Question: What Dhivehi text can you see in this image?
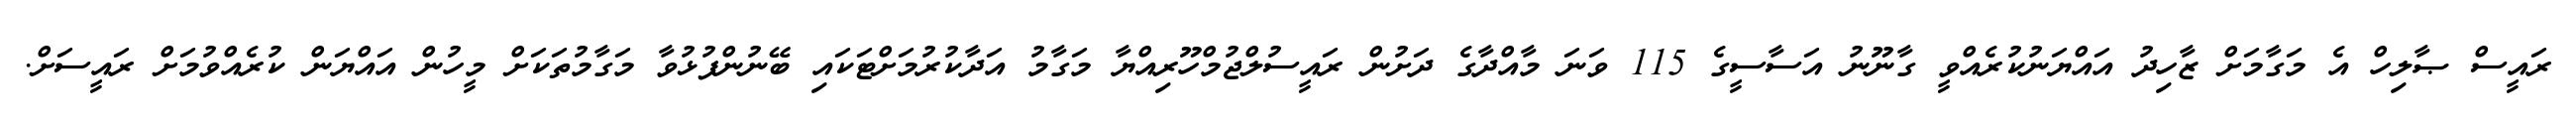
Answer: ރައީސް ޞާލިހް އެ މަގާމަށް ޒާހިދު އައްޔަނުކުރެއްވީ ގާނޫނު އަސާސީގެ 115 ވަނަ މާއްދާގެ ދަށުން ރައީސުލްޖުމްހޫރިއްޔާ މަގާމު އަދާކުރުމަށްޓަކައި ބޭނުންފުޅުވާ މަގާމުތަކަށް މީހުން އައްޔަން ކުރެއްވުމަށް ރައީސަށް.